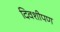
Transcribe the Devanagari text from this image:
दिवशीपण